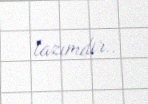
lazımdır..